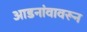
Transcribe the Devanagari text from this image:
आडनांवावरून